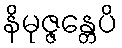
နိမုဇ္ဇန္တေပိ